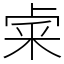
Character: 𥹄